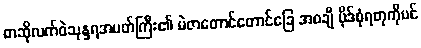
စာဆိုလက်ဝဲသုန္ဒရအမတ်ကြီး၏ မဲဇာတောင်တောင်ခြေ အစချီ ပိုဒ်စုံရတုကိုပင်